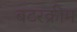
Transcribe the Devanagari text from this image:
बटरक्रीम